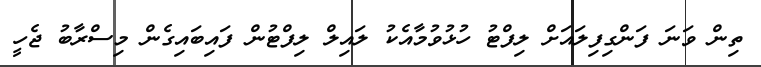
ތިން ވަނަ ފަންގިފިލައަށް ލިފްޓު ހުޅުވުމާއެކު ލައިލް ލިފްޓުން ފައިބައިގެން މިސްރާބު ޖެހީ